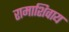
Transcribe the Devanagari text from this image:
रामाशिवाय